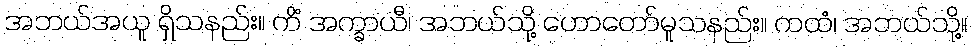
အဘယ်အယူ ရှိသနည်း။ ကိံ အက္ခာယီ၊ အဘယ်သို့ ဟောတော်မူသနည်း။ ကထံ၊ အဘယ်သို့။